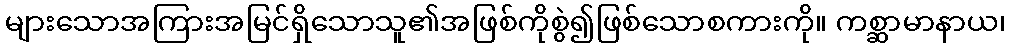
များသောအကြားအမြင်ရှိသောသူ၏အဖြစ်ကိုစွဲ၍ဖြစ်သောစကားကို။ ကစ္ဆာမာနာယ၊